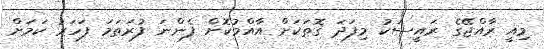
މިއީ ރާއްޖޭގެ ރައީސަކު މިފަދަ ގޮތަކަށް އާއްމުކޮށް ފެންނަ ފުރަތަމަ ފަހަރު ކަމަށް